Report on vaccination in the Province of Bengal - 1874-1889
Year: 1874
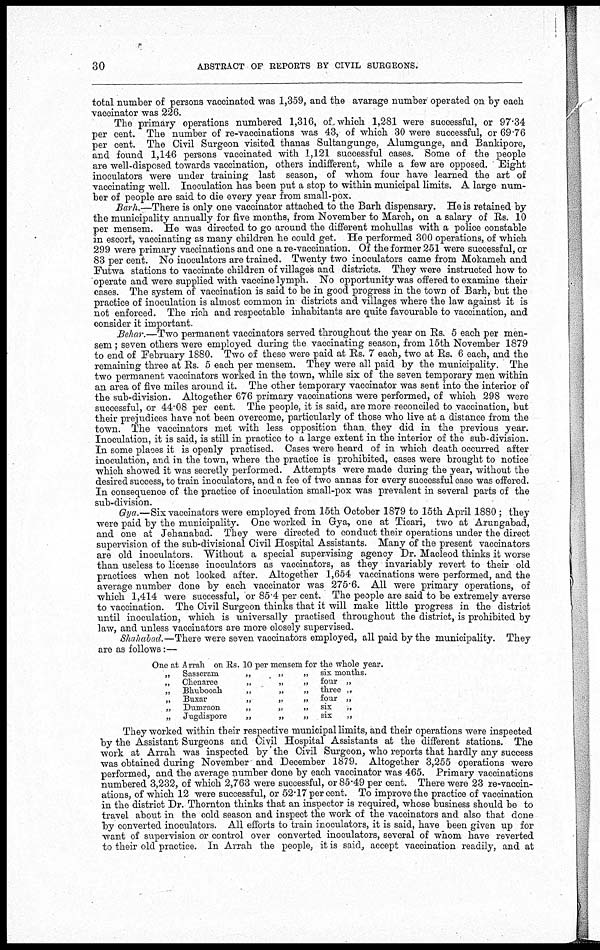
30
ABSTRACT OF REPORTS BY CIVIL SURGEONS.
total number of persons vaccinated was 1,359, and the avarage number operated on by each
vaccinator was 226.
The primary operations numbered 1,316, of, which 1,281 were successful, or 97.34
per cent. The number of re-vaccinations was 43, of which 30 were successful, or 69.76
per cent. The Civil Surgeon visited thanas Sultangunge, Alumgunge, and Bankipore,
and found 1,146 persons vaccinated with 1,121 successful cases. Some of the people
are well-disposed towards vaccination, others indifferent, while a few are opposed. Eight
inoculators were under training last season, of whom four have learned the art of
vaccinating well. Inoculation has been put a stop to within municipal limits. A large num-
ber of people are said to die every year from small-pox.
Barh.—There is only one vaccinator attached to the Barh dispensary. He is retained by
the municipality annually for five months, from November to March, on a salary of Rs. 10
per mensem. He was directed to go around the different mohullas with a police constable
in escort, vaccinating as many children he could get. He performed 300 operations, of which
299 were primary vaccinations and one a re-vaccination. Of the former 251 were successful, or
83 per cent. No inoculators are trained. Twenty two inoculators came from Mokameh and
Futwa stations to vaccinate children of villages and districts. They were instructed how to
operate and were supplied with vaccine lymph. No opportunity was offered to examine their
cases. The system of vaccination is said to be in good progress in the town of Barh, but the
practice of inoculation is almost common in districts and villages where the law against it is
not enforced. The rich and respectable inhabitants are quite favourable to vaccination, and
consider it important.
Behar.—Two permanent vaccinators served throughout the year on Rs. 5 each per men-
sem ; seven others were employed during the vaccinating season, from 15th November 1879
to end of February 1880. Two of these were paid at Rs. 7 each, two at Rs. 6 each, and the
remaining three at Rs. 5 each per mensem. They were all paid by the municipality. The
two permanent vaccinators worked in the town, while six of the seven temporary men within
an area of five miles around it. The other temporary vaccinator was sent into the interior of
the sub-division. Altogether 676 primary vaccinations were performed, of which 298 were
successful, or 44.08 per cent. The people, it is said, are more reconciled to vaccination, but
their prejudices have not been overcome, particularly of those who live at a distance from the
town. The vaccinators met with less opposition than they did in the previous year.
Inoculation, it is said, is still in practice to a large extent in the interior of the sub-division.
In some places it is openly practised. Cases were heard of in which death occurred after
inoculation, and in the town, where the practice is prohibited, cases were brought to notice
which showed it was secretly performed. Attempts were made during the year, without the
desired success, to train inoculators, and a fee of two annas for every successful case was offered.
In consequence of the practice of inoculation small-pox was prevalent in several parts of the
sub-division.
Gya.— Six vaccinators were employed from 15th October 1879 to 15th April 1880 ; they
were paid by the municipality. One worked in Gya, one at Ticari, two at Arungabad,
and one at Jehanabad. They were directed to conduct their operations under the direct
supervision of the sub-divisional Civil Hospital Assistants. Many of the present vaccinators
are old inoculators. Without a special supervising agency Dr. Macleod thinks it worse
than useless to license inoculators as vaccinators, as they invariably revert to their old
practices when not looked after. Altogether 1,654 vaccinations were performed, and the
average number done by each vaccinator was 275.6. All were primary operations, of
which 1,414 were successful, or 85.4 per cent. The people are said to be extremely averse
to vaccination. The Civil Surgeon thinks that it will make little progress in the district
until inoculation, which is universally practised throughout the district, is prohibited by
law, and unless vaccinators are more closely supervised.
Shahabad.—There were seven vaccinators employed, all paid by the municipality. They
are as follows:—
One at Arrah on Rs. 10 per mensem for the whole year.
„
Sasseram
„
„
„
„ Chenaree
„
„
„
„ Bhubooah
„
„
„
„ Buxar
„
„
„
„ Dumraon
„
„
„
„ Jugdispore
„
„
„
six months.
four „
three „
four „
six
„
six
„
They worked within their respective municipal limits, and their operations were inspected
by the Assistant Surgeons and Civil Hospital Assistants at the different stations. The
work at Arrah was inspected by the Civil Surgeon, who reports that hardly any success
was obtained during November' and December 1879. Altogether 3,255 operations were
performed, and the average number done by each vaccinator was 465. Primary vaccinations
numbered 3,232, of which 2,763 were successful, or 85.49 per cent. There were 23 re-vaccin-
ations, of which 12 were successful, or 52.17 per cent. To improve the practice of vaccination
in the district Dr. Thornton thinks that an inspector is required, whose business should be to
travel about in the cold season and inspect the work of the vaccinators and also that done
by converted inoculators. All efforts to train inoculators, it is said, have been given up for
want of supervision or control over converted inoculators, several of whom have reverted
to their old practice. In Arrah the people, it is said, accept vaccination readily, and at